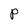
Character: P